Papers set at the Examination for Leaving Certificates, 1894
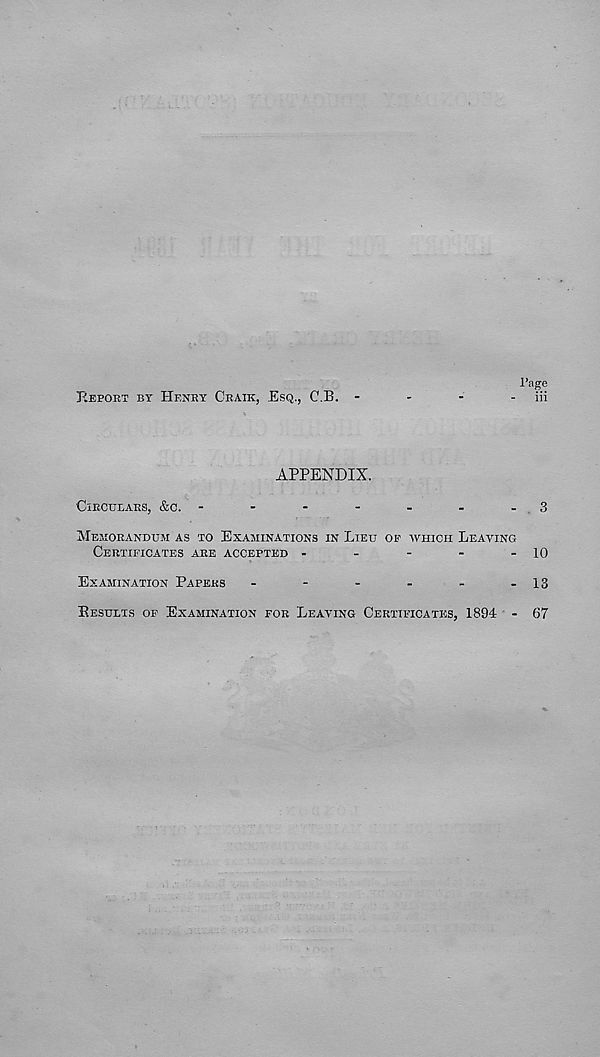
1’age
REPORT BY HENRY CRAIK, ESQ., C.B.
-
-
-
-
iii
APPENDIX.
CIRCULARS, &C.
-
-
-
-
-
-
-
3
MEMORANDUM AS TO EXAMINATIONS IN LIEU OP WHICH LEAVING
CERTIFICATES ARE ACCEPTED
-
-
-
-
-
10
EXAMINATION PAPERS
-
-
-
-
-
-13
RESULTS OP EXAMINATION FOR LEAVING CERTIFICATES, 1894
-
67